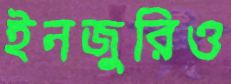
ইনজুরিও